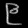
Digit: ၉